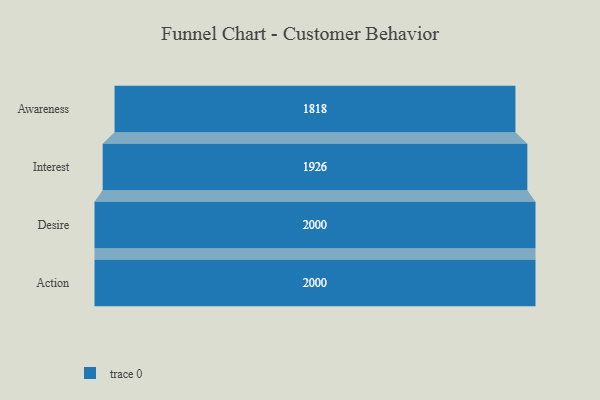
{"axis": {"x": "Stage", "y": "Value"}, "legend": [""], "data": [{"x": "Awareness", "y": 1818.0, "type": ""}, {"x": "Interest", "y": 1926.0, "type": ""}, {"x": "Desire", "y": 2000, "type": ""}, {"x": "Action", "y": 2000, "type": ""}]}